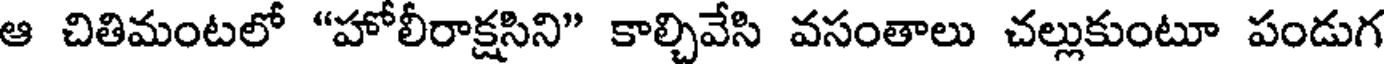
ఆ చితిమంటలో "హోలీరాక్షసిని" కాల్చివేసి వసంతాలు చల్లుకుంటూ పండుగ